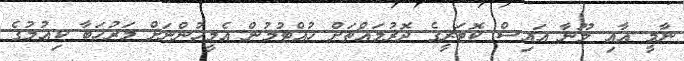
ނާމީ އާއި ލޫނާ އައިސް ކޮޓަރީގެ ދޮރުމައްޗަށް ހުއްޓުމުން އެމީހުންނަށް މަރުހަބާ ކިއުމުގެ